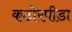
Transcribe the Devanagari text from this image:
कठोरपीडा